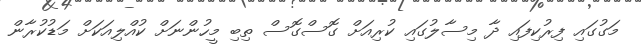
މަގުގައި ފިރުކިފައި ދާ މިސާލުގައި ކުރިއަށް ގޮސްގޮސް ތިބި މީހުންނަށް ކުއްލިއަކަށް މަޑުކުރާން